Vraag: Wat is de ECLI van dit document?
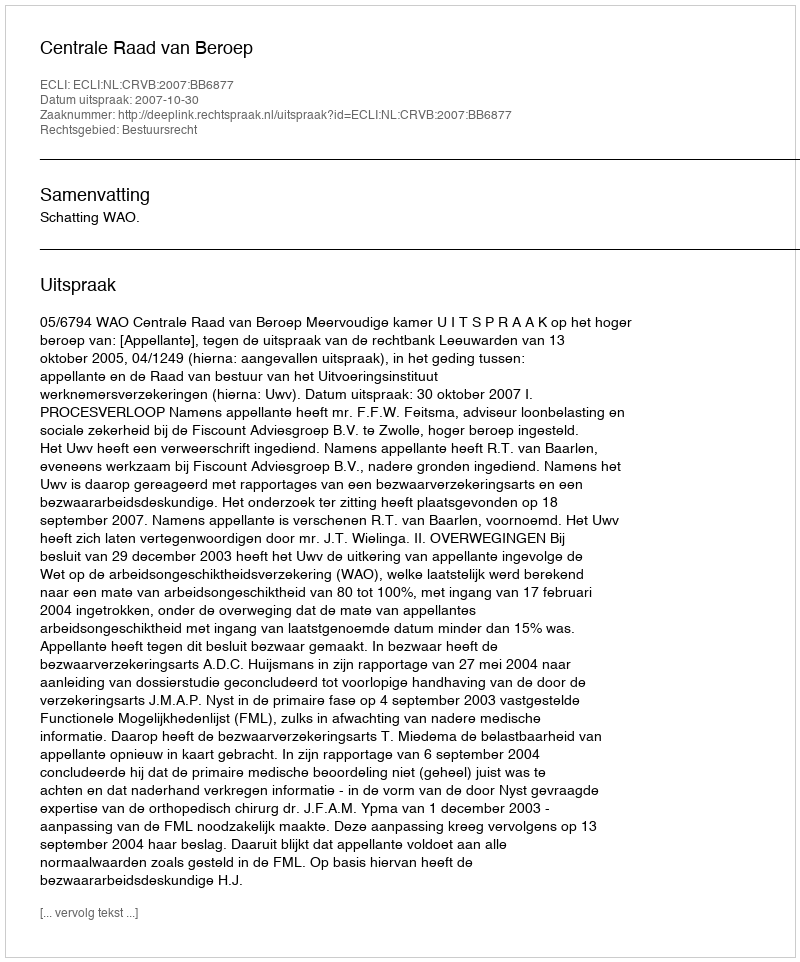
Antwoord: ECLI:NL:CRVB:2007:BB6877